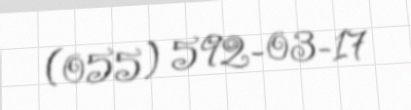
(055) 592-03-17